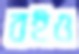
বইও